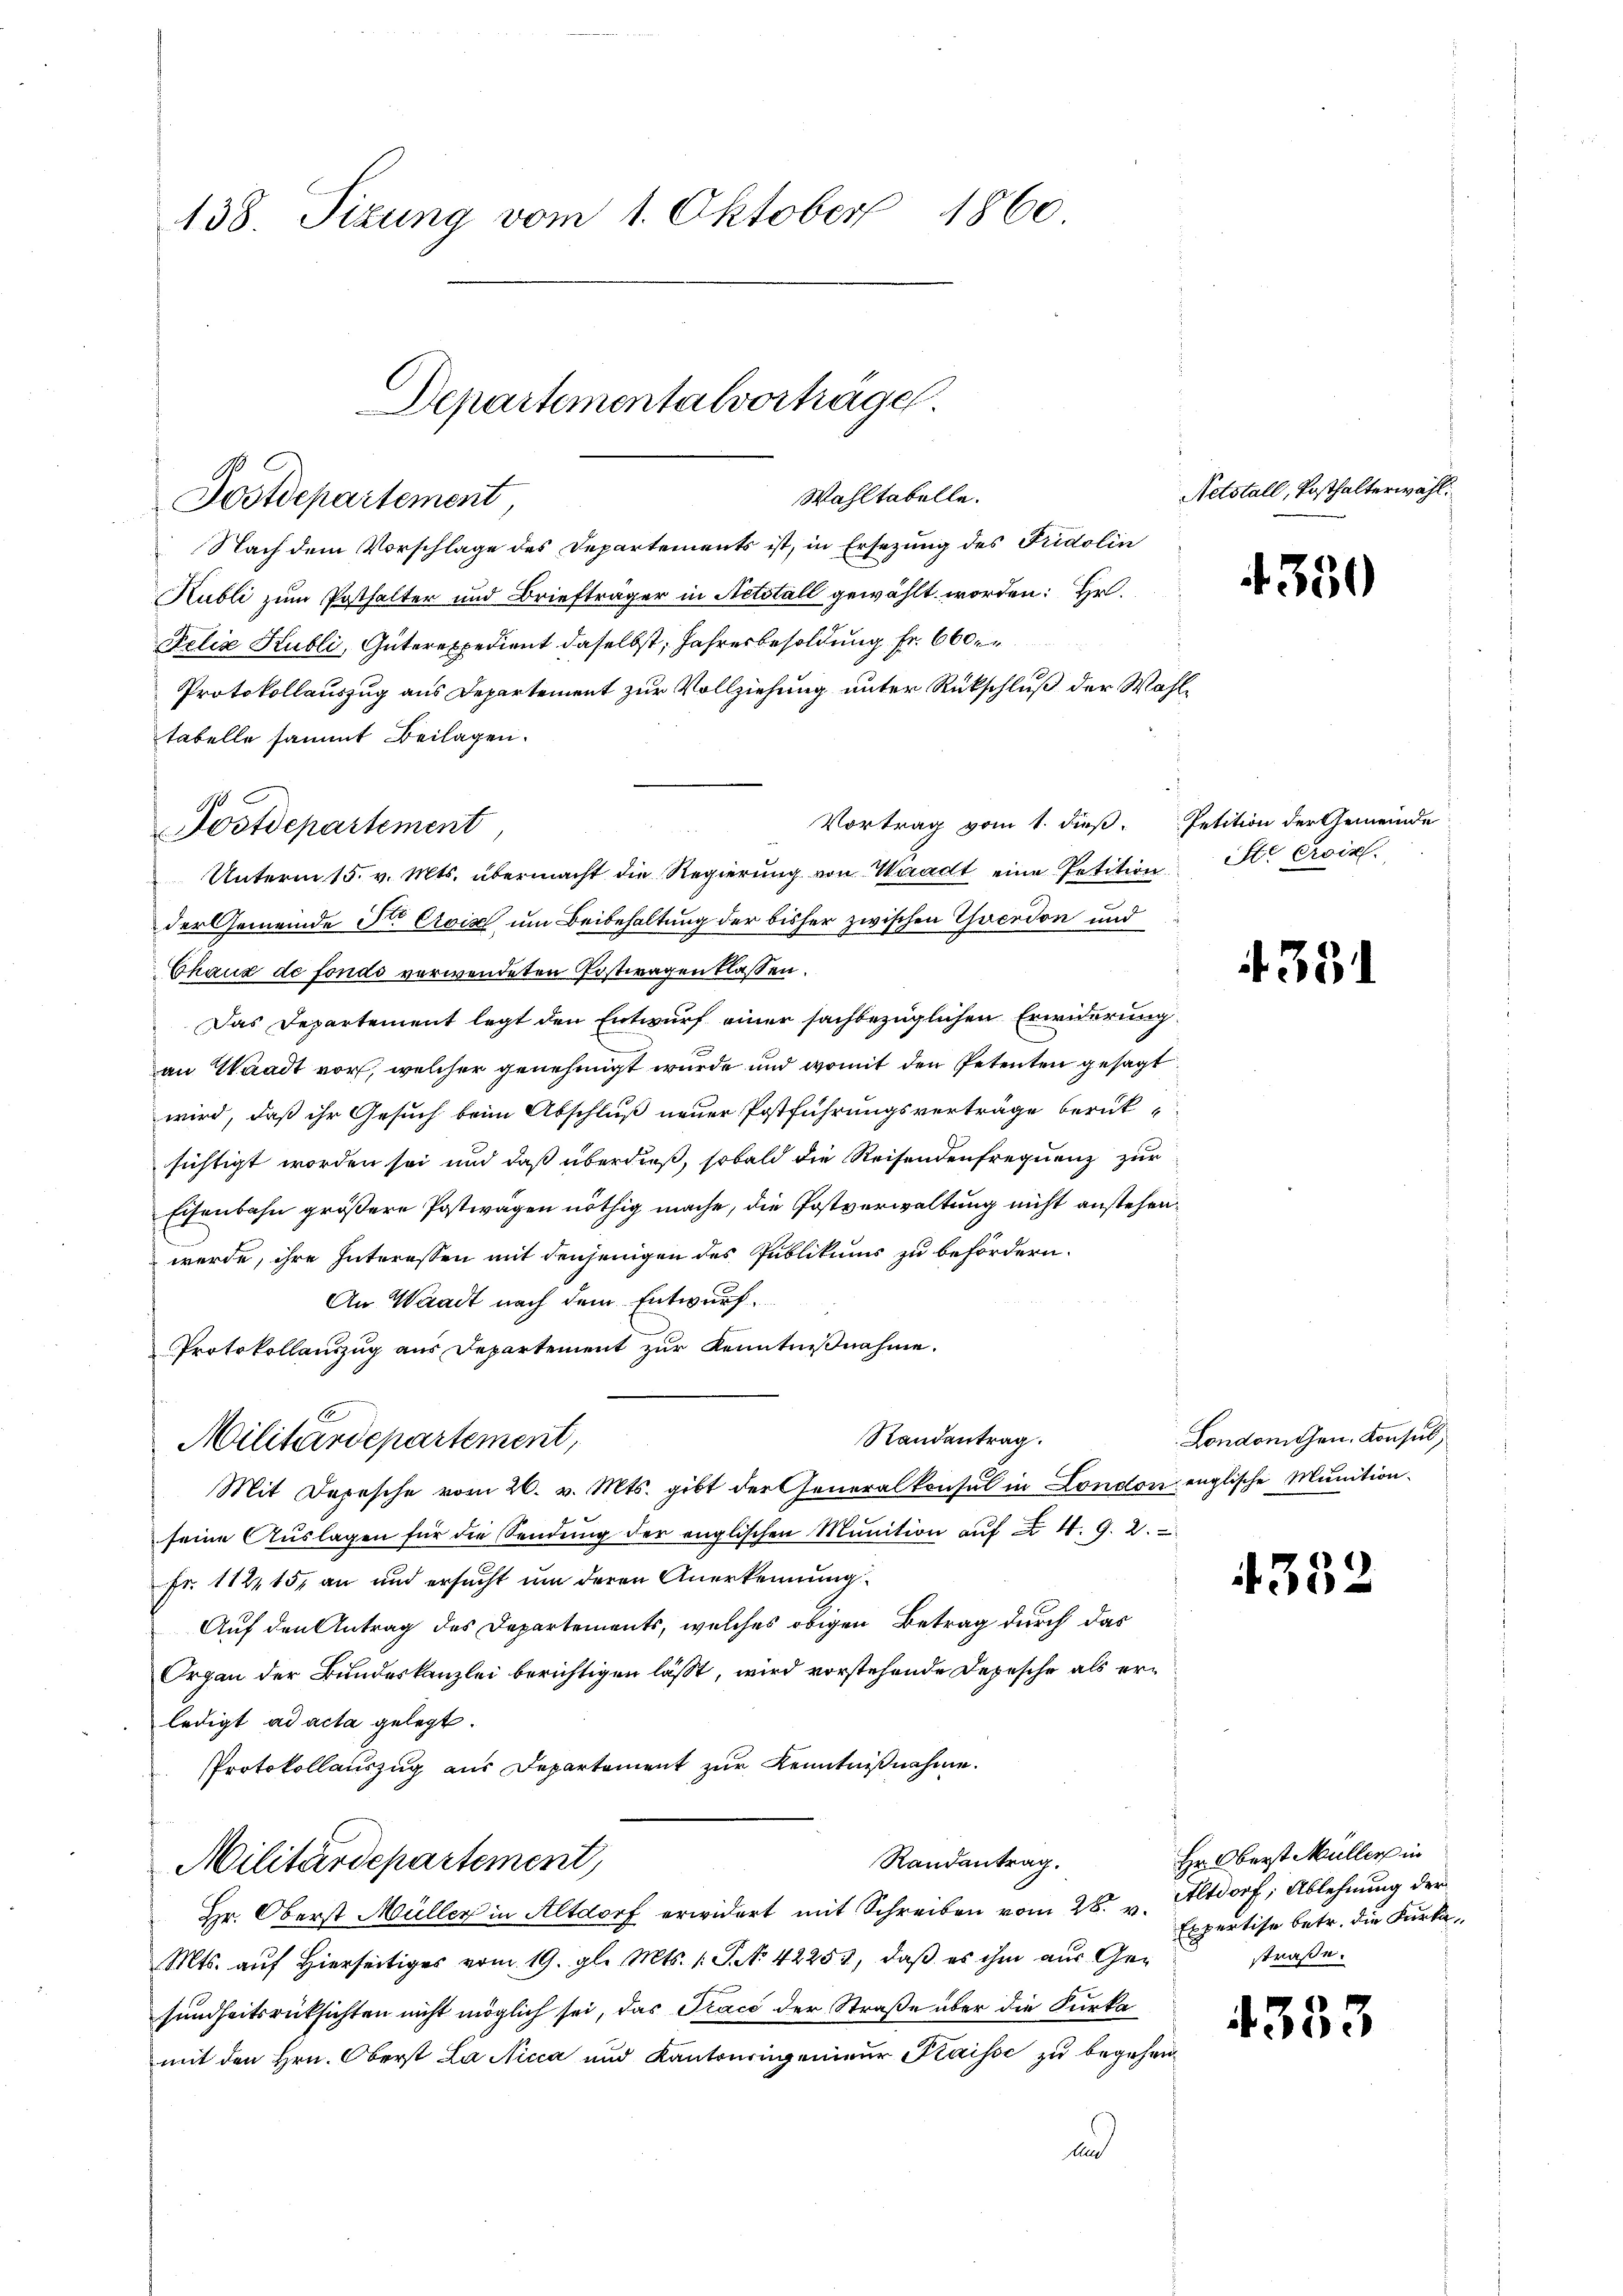
138. Sizung vom 1. Oktober 1860

Nach dem Vorschlage des Departements ist, in Ersezung des Fridolin
Kubli zum Posthalter und Briefträger in Actstall gewählt worden: Hr.
Felix Kubli, Güterexpedient daselbst, Jahresbesoldung Fr. 600 er
Protokollauszug aus Departement zur Vollziehung unter Rückschluß der Wahltabelle sammt Beilagen.
Vortrag vom 1. dieß. Petition der Gemeinde
Unterm 15. v. Mts. übermacht die Regierung von Waadt eine Petition St. Croix.
der Gemeinde Sr. Evis, um Beibehaltung der bisher zwischen Yverdon und
Chaux de fonds verwendeten Postwagentlassen.
Das Departement legt den Entwurf einer sachbezüglichen Erwiderung
an Waadt vor, welcher genehmigt wurde und womit den Petenten gesagt
wird, daß ihr Gesuch beim Abschluß neuer Postführungsverträge berük-
sichtigt worden sei und daß überdieß, sobald die Reisendenfrequenz zur
Eisenbahn größere Postwagen nöthig mache, die Postverwaltung nicht anstehenwerde, ihre Interessen mit denjenigen des Publikums zu befördern.
An Waadt nach dem Entwurf.
Protokollauszug aus Departement zur Kenntnißnahme.
Randantrag.
Militärdepartement,
Mit Depesche vom 26. v. Mts. gibt der Generalkonsul in London englische Munition
seine Aŭslagen für die Sendŭng der englischen Munition aŭf u 4. G. 2.
Fr. 112, 15, an und ersucht um deren Anerkennung
Auf den Antrag des Departements, welches obigen Betrag durch das
Organ der Bundeskanzlei berichtigen lässt, wird vorstehende Depesche als erledigt ad acta gelegt.
Protokollauszug aus Departement zur Kenntnißnahme.
Randantrag.
Militärdepartement,
Hr. Oberst Müller in Altdorf erwidert mit Schreiben vom 28. v. Altdorf, Ablehnung der
Mts. auf Hierseitiges vom 19. gl. Mts. 1 S. 42253, daß es ihm aus Gesundheitsrücksichten nicht möglich sei, das Trace der Straße über die Furka
mit den Hrn. Oberst La Nicca und Kantonsangenieur Klaisse zu begehen
And

170
Fostdepartement

Departementalvortragen.
Wahltabelle.
Postdepartement

Netstall, Posthalterwähl

1350

4351

Londomchen. Konsul,

4352

Hr. Oberst Müller in
Expertise betr. die Furka,
straße.

4333